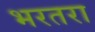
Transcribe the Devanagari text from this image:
भरतरा